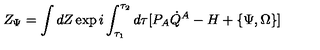
Z _ { \Psi } = \int d Z \exp i \int _ { \tau _ { 1 } } ^ { \tau _ { 2 } } d \tau [ P _ { A } \dot { Q } ^ { A } - H + \{ \Psi , \Omega \} ]